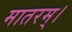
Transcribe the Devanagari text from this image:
मातरम्‌।